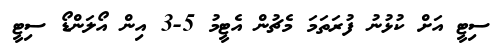
ސިޓީ އަށް ކުޅުނު ފުރަތަމަ މެޗުން އެޓީމު 5-3 އިން އޯލަންޑޯ ސިޓީ